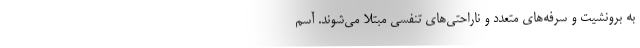
به برونشیت و سرفه‌های متعدد و ناراحتی‌های تنفسی مبتلا می‌شوند. آسم